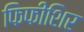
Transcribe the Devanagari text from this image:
फिफीशिर